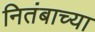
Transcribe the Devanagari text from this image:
नितंबाच्या